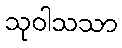
သုဝါသသာ